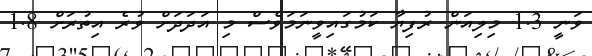
ވަނީ 1.3 މިލިއަން ރުފިޔާ ކަމުގައިވީނަމަވެސް މި އަދަދަށް ވުރެ އިތުރަށް 1.8